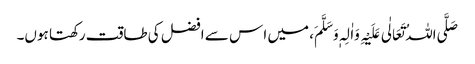
صَلَّی اللہُ تَعَالٰی عَلَیْہِ وَاٰلِہٖ وَسَلَّمَ، میں ا س سے افضل کی طاقت رکھتا ہوں۔